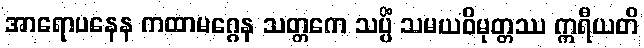
အာရောပနေန ကထာမဂ္ဂေန သတ္တကေ သပ္ပိံ သမယဝိမုတ္တဿ ဣရီယတိ